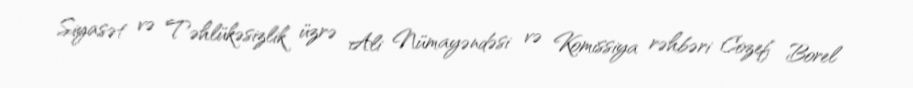
Siyasət və Təhlükəsizlik üzrə Ali Nümayəndəsi və Komissiya rəhbəri Cozef Borel